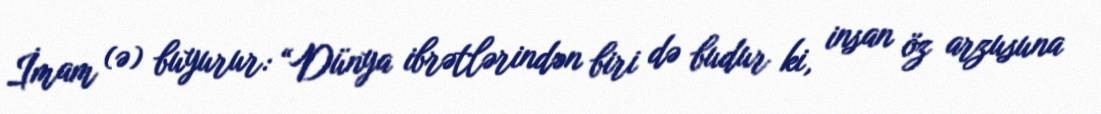
İmam (ə) buyurur: “Dünya ibrətlərindən biri də budur ki, insan öz arzusuna